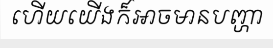
ហើយយើងក៏អាចមានបញ្ហា